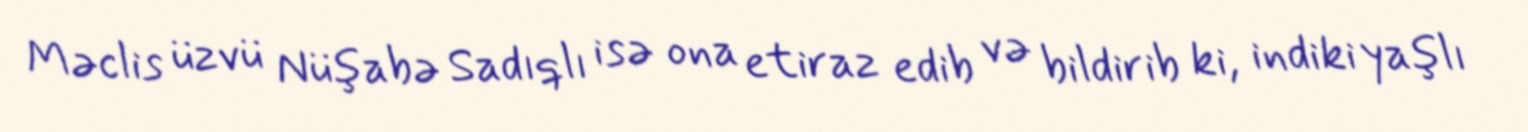
Məclis üzvü Nüşabə Sadıqlı isə ona etiraz edib və bildirib ki, indiki yaşlı